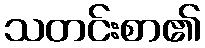
သတင်းစာ၏